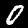
Label: 0